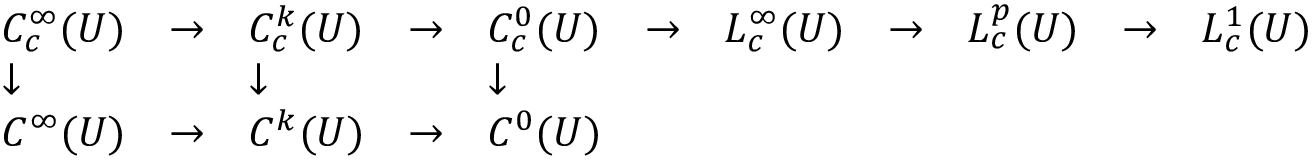
{ \begin{array} { l l l l l l l l l l l } { C _ { c } ^ { \infty } ( U ) } & { \to } & { C _ { c } ^ { k } ( U ) } & { \to } & { C _ { c } ^ { 0 } ( U ) } & { \to } & { L _ { c } ^ { \infty } ( U ) } & { \to } & { L _ { c } ^ { p } ( U ) } & { \to } & { L _ { c } ^ { 1 } ( U ) } \\ { \downarrow } & & { \downarrow } & & { \downarrow } \\ { C ^ { \infty } ( U ) } & { \to } & { C ^ { k } ( U ) } & { \to } & { C ^ { 0 } ( U ) } \\ { } \end{array} }